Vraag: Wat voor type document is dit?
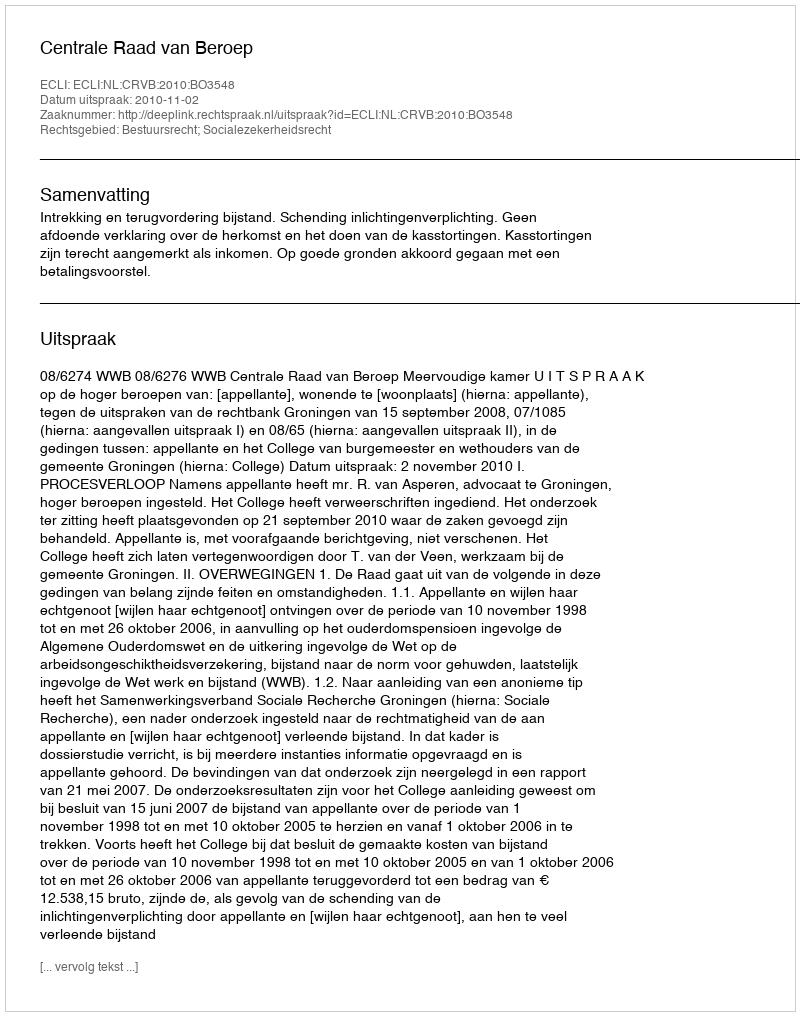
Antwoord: Uitspraak